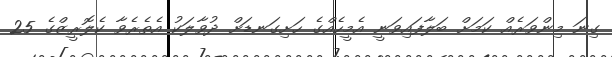
ގިނަ މިންވަރެއް ކަމަށް ބަލާފައިވަނީ އެމީހެއްގެ ހަށިގަނޑަށް ދުވާލަކު އެތެރެވާ ކެލޮރީޒްގެ 25